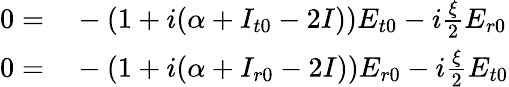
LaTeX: \begin{array}{rl}{0=}&{{}-(1+i(\alpha+I_{t0}-2I))E_{t0}-i\frac{\xi}{2}E_{r0}}\\ {0=}&{{}-(1+i(\alpha+I_{r0}-2I))E_{r0}-i\frac{\xi}{2}E_{t0}}\end{array}